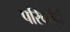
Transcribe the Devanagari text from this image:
परिवर्तनं